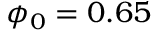
\phi _ { 0 } = 0 . 6 5